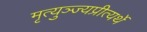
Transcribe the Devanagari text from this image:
मृत्युञ्ज्यप्रीत्यर्थे